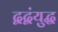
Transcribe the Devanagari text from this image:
द्वद्वंयुद्ध